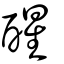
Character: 醒